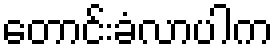
တောင်းခံလာပါက